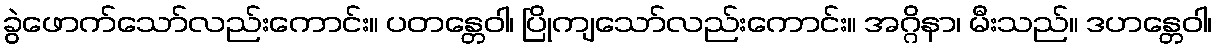
ခွဲဖောက်သော်လည်းကောင်း။ ပတန္တေဝါ၊ ပြိုကျသော်လည်းကောင်း။ အဂ္ဂိနာ၊ မီးသည်။ ဒဟန္တေဝါ၊